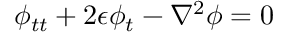
\phi _ { t t } + 2 \epsilon \phi _ { t } - \nabla ^ { 2 } \phi = 0